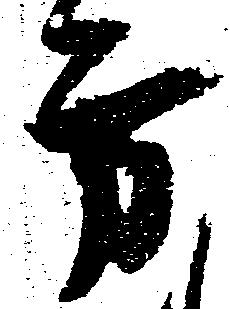
方